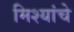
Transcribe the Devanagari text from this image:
मिश्यांचे